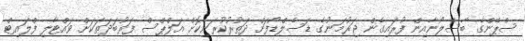
ސްޕޭންގެ ބާސެލޯނާއިން ފުރައިގެން ޖަރުމަނުގެ ޑަސެލްޑޯފަށް ދަތުރުކުރަނިކޮށް އަލްޕްސް ފަރުބަދަތަކަށް ވައްޓާލި ފްލައިޓް